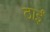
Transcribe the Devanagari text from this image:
ठाईं